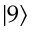
\lvert 9 \rangle